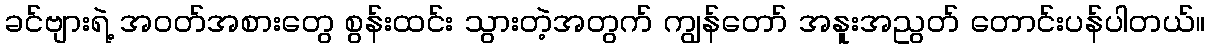
ခင်ဗျားရဲ့ အဝတ်အစားတွေ စွန်းထင်း သွားတဲ့အတွက် ကျွန်တော် အနူးအညွတ် တောင်းပန်ပါတယ်။